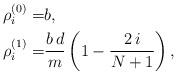
LaTeX: \begin{align*} \rho_i^{(0)}=&b, \\ \rho_i^{(1)}=& \frac{b\,d}{m}\left(1 - \frac{2\,i}{N+1} \right),\end{align*}